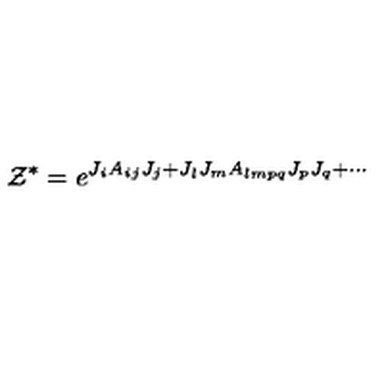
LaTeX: { \cal Z } ^ { * } = e ^ { J _ { i } A _ { i j } J _ { j } + J _ { l } J _ { m } A _ { l m p q } J _ { p } J _ { q } + \cdots }